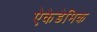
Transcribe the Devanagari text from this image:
ऐकेडेमिक